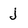
Character: j